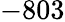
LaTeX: -803